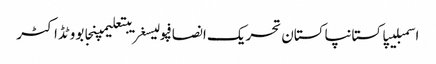
اسمبلیپاکستانپاکستان تحریک انصافپولیسغریبتعلیمپنجابووٹڈاکٹر